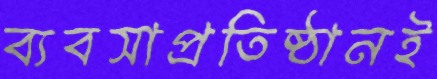
ব্যবসাপ্রতিষ্ঠানই